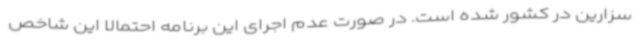
سزارین در کشور شده است. در صورت عدم اجرای این برنامه احتمالا این شاخص